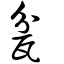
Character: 瓫